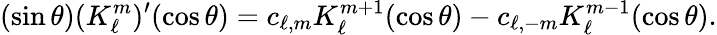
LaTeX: (\sin\theta)(K_{\ell}^{m})^{\prime}(\cos\theta)=c_{\ell,m}K_{\ell}^{m+1}(\cos\theta)-c_{\ell,-m}K_{\ell}^{m-1}(\cos\theta).